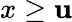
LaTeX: x\ge\mathbf{u}